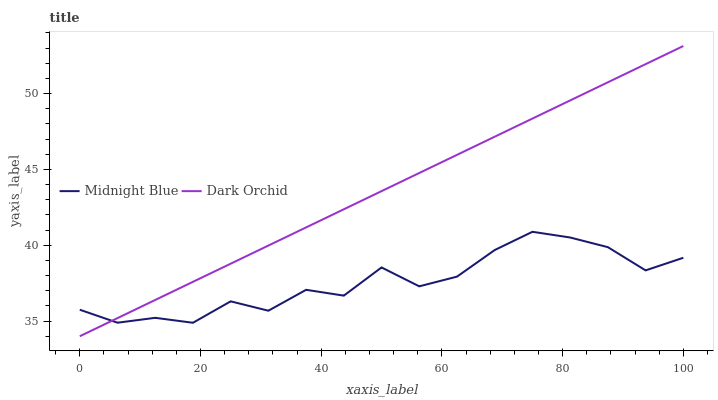
| xaxis_label | Midnight Blue | Dark Orchid |
 | --- | --- | --- |
 | 0 | 35.7 | 34 |
 | 6.25 | 34.9 | 35.2 |
 | 12.5 | 35.2 | 36.4 |
 | 18.8 | 34.9 | 37.6 |
 | 25 | 36.3 | 38.8 |
 | 31.2 | 35.7 | 40 |
 | 37.5 | 37.1 | 41.2 |
 | 43.8 | 36.7 | 42.4 |
 | 50 | 38.5 | 43.6 |
 | 56.2 | 37.3 | 44.8 |
 | 62.5 | 37.9 | 46 |
 | 68.8 | 39.7 | 47.2 |
 | 75 | 40.9 | 48.4 |
 | 81.2 | 40.5 | 49.5 |
 | 87.5 | 39.9 | 50.7 |
 | 93.8 | 38.3 | 51.9 |
 | 100 | 39.2 | 53.1 |